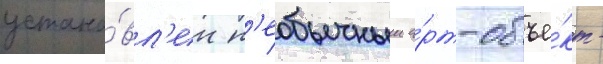
устано́вл'ен н'еобычныи а́рт-объе́кт -